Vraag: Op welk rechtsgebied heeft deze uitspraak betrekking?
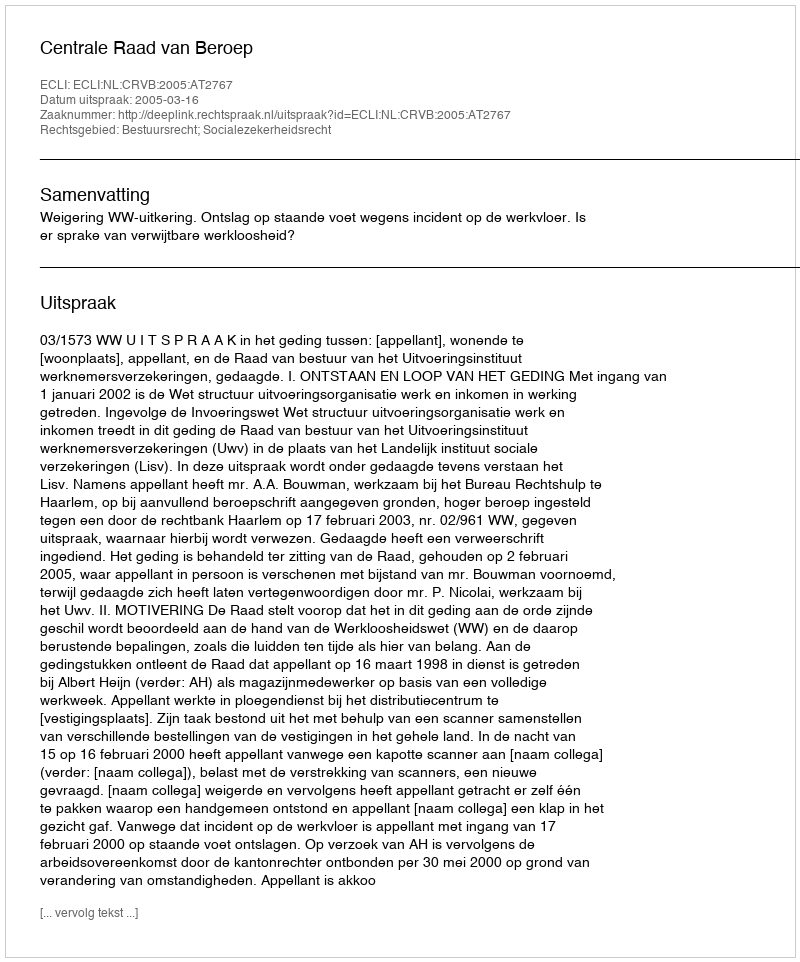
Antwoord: Bestuursrecht; Socialezekerheidsrecht